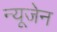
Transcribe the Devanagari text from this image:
न्यूजेन